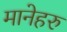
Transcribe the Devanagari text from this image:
मानेहरु